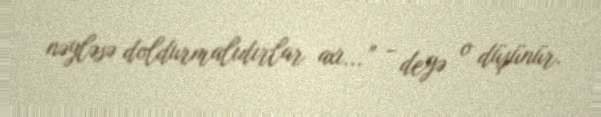
nəyləsə doldurmalıdırlar axı...” - deyə o düşünür.